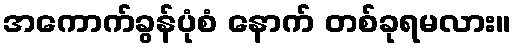
အကောက်ခွန်ပုံစံ နောက် တစ်ခုရမလား။